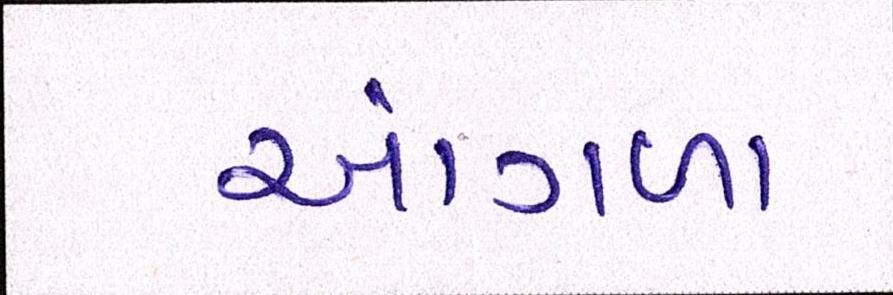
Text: આંગળા